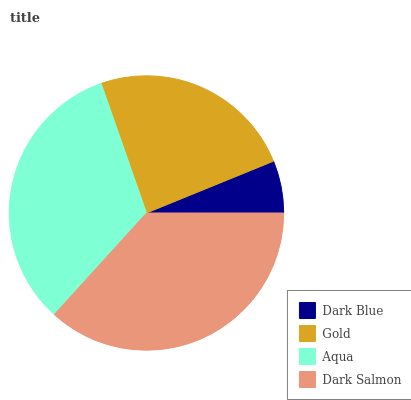
| Dark Blue | Gold | Aqua | Dark Salmon |
 | --- | --- | --- | --- |
 | 6.16% | 24.2% | 32.9% | 36.7% |